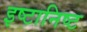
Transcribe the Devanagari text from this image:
इष्टानिष्ट